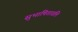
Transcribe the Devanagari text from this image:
सुभाषितावलि